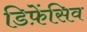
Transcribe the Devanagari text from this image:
डिफ़ेंसिव